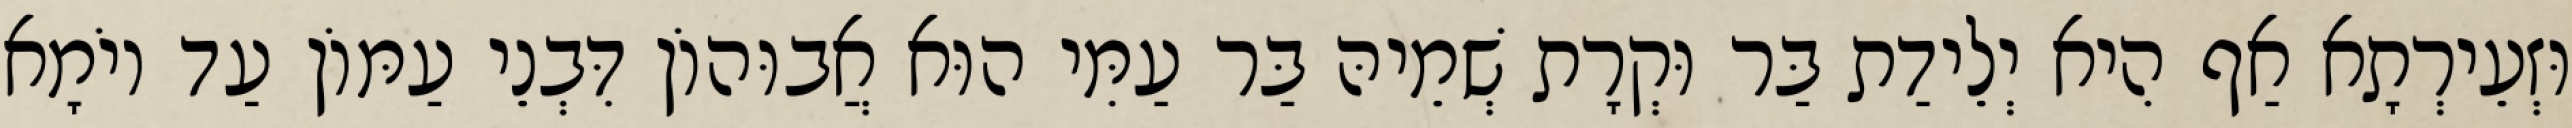
וּזְעֵירְתָא אַף הִיא יְלֵידַת בַּר וּקְרָת שְׁמֵיהּ בַּר עַמִּי הוּא אֲבוּהוֹן דִּבְנֵי עַמּוֹן עַד יוֹמָא